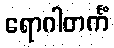
ရောဂါတင်္ကံ